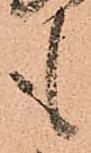
も